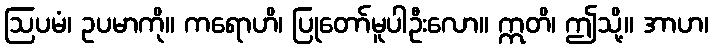
ဩပမံ၊ ဥပမာကို။ ကရောဟိ၊ ပြုတော်မူပါဦးလော။ ဣတိ၊ ဤသို့။ အာဟ၊